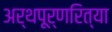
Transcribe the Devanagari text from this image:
अर्थपूर्णरित्या